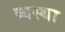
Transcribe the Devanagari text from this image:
व्‍यस्‍था